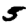
Digit: 5